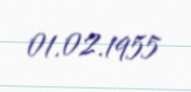
01.02.1955